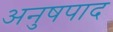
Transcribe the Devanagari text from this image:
अनुषपाद